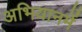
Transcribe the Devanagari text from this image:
अभियानमें